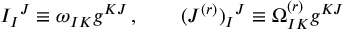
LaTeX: I _ { I } { } ^ { J } \equiv \omega _ { I K } g ^ { K J } \, , \qquad ( J ^ { ( r ) } ) _ { I } { } ^ { J } \equiv \Omega _ { I K } ^ { ( r ) } g ^ { K J }